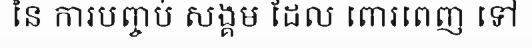
នៃ ការបញ្ចប់ សង្គម ដែល ពោរពេញ ទៅ